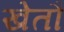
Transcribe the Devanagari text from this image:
खेतौ